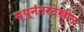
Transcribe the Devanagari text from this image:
मृयूनंतरदेखील